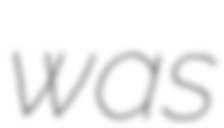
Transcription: was